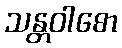
သန္တဝါစော